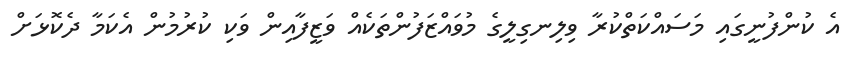
އެ ކުންފުނީގައި މަސައްކަތްކުރާ ވިލިނގިލީގެ މުވައްޒަފުންތަކެއް ވަޒީފާއިން ވަކި ކުރުމުން އެކަމާ ދެކޮޅަށް